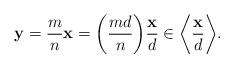
LaTeX: \begin{align*}\mathbf{y} = \frac mn \textbf{x} = \bigg(\frac{md}n \bigg) \frac{\mathbf{x}}{d} \in \bigg\langle \frac{\mathbf{x}}{d} \bigg\rangle.\end{align*}